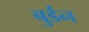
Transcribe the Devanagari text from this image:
बुर्डन